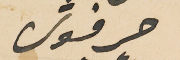
حرفوش